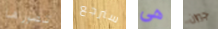
تصورها سنرجع هي جيران